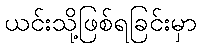
ယင်းသို့ဖြစ်ရခြင်းမှာ